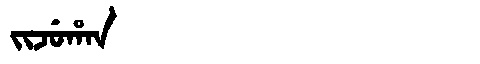
Manchu: ᠵᡳᠵᡠᡥᠠᠨ
Romanization: JIJUHAN